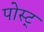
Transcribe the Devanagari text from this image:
पोस्ट्